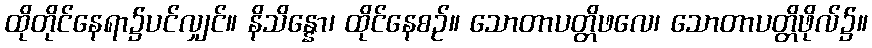
ထိုတိုင်နေရာ၌ပင်လျှင်။ နိသိန္နော၊ ထိုင်နေစဉ်။ သောတာပတ္တိဖလေ၊ သောတာပတ္တိဖိုလ်၌။